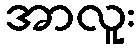
အာလူး